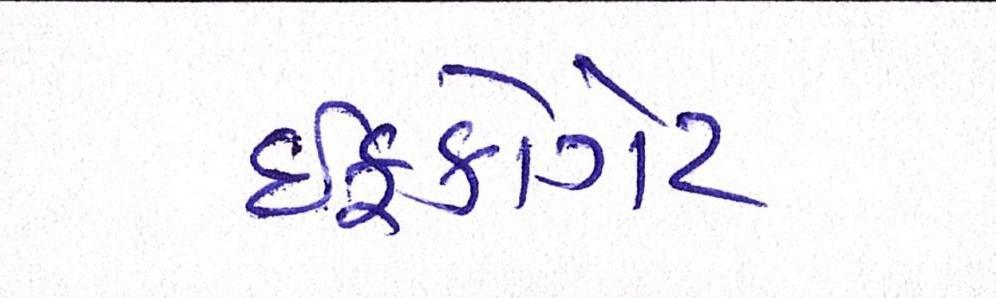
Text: ઈફકોગેટ